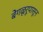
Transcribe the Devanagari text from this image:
बेंगळूरूपासून